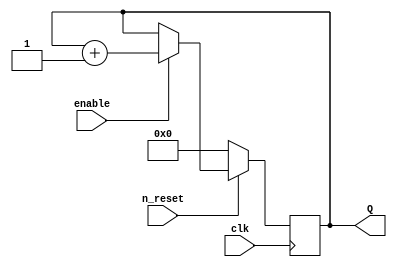
//		4 bit up counter, synchronous reset; Behavioural
//		
//		Port	: clk		: in	: Synchronous clock
//				: reset		: in	: Resets counter to 0000
//				: enable	: in	: enable counting.
//				: Q			: out	: Output of counter
//				
//		

module CounterUpSyncBeh_4 ( clk, n_reset, enable, Q );

	input clk, n_reset, enable;
	
	output reg [3:0] Q = 4'b0000;
	
	always @(posedge clk) begin
		if (!n_reset)
			Q <= 4'b0000;
		else if ( enable)
			Q <= Q + 1;
	end
	
endmodule